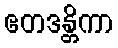
ဧတဒန္တိကာ